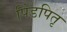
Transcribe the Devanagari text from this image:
पिंडपितृ